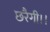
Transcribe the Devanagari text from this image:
छरैगी।।